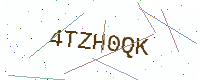
Text: 4TZH0QK